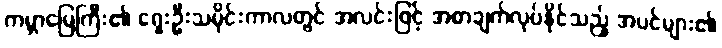
ကမ္ဘာမြေကြီး၏ ရှေးဦးသမိုင်းကာလတွင် အလင်းဖြင့် အစာချက်လုပ်နိုင်သည့် အပင်များ၏